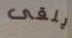
يلقى